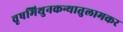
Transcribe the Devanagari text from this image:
वृषमिथुनकन्यातुलामकर